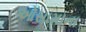
ઓસામાના